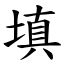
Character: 填